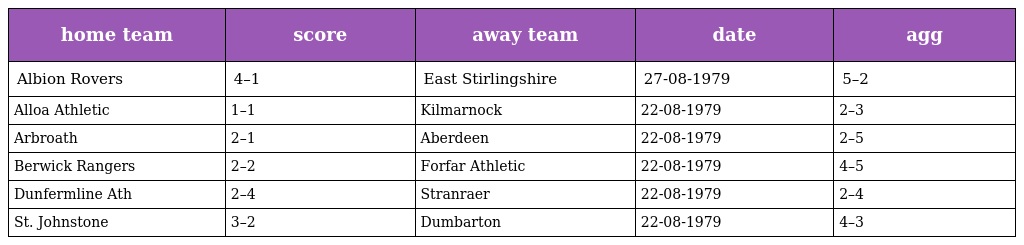
| home team | score | away team | date | agg |
 | --- | --- | --- | --- | --- |
 | Albion Rovers | 4–1 | East Stirlingshire | 27-08-1979 | 5–2 |
 | Alloa Athletic | 1–1 | Kilmarnock | 22-08-1979 | 2–3 |
 | Arbroath | 2–1 | Aberdeen | 22-08-1979 | 2–5 |
 | Berwick Rangers | 2–2 | Forfar Athletic | 22-08-1979 | 4–5 |
 | Dunfermline Ath | 2–4 | Stranraer | 22-08-1979 | 2–4 |
 | St. Johnstone | 3–2 | Dumbarton | 22-08-1979 | 4–3 |